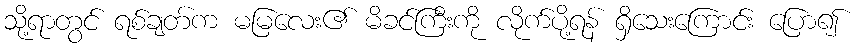
သို့ရာတွင် ရစ်ချတ်က မမြလေး၏ မိခင်ကြီးကို လိုက်ပို့ရန် ရှိသေးကြောင်း ပြော၍